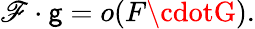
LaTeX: \mathscr{F}\cdot\mathsf{g}=o(F\cdotG).